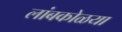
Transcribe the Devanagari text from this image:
लांबकोळया